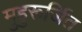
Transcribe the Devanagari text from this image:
मुहुरूर्जित